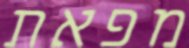
מפאת